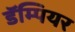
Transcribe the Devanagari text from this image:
डॅम्पियर